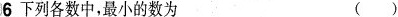
6下列各数中，最小的数为()